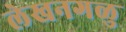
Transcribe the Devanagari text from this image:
लेखनगळु